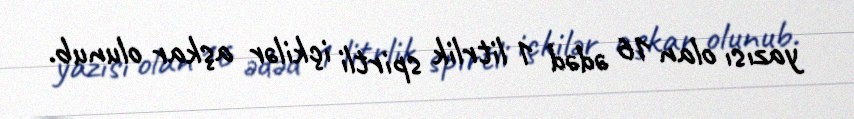
yazısı olan 16 ədəd 1 litrlik spirtli içkilər aşkar olunub.